Code of medical and sanitary regulations for the guidance of medical officers serving in the Madras Presidency - Volume I
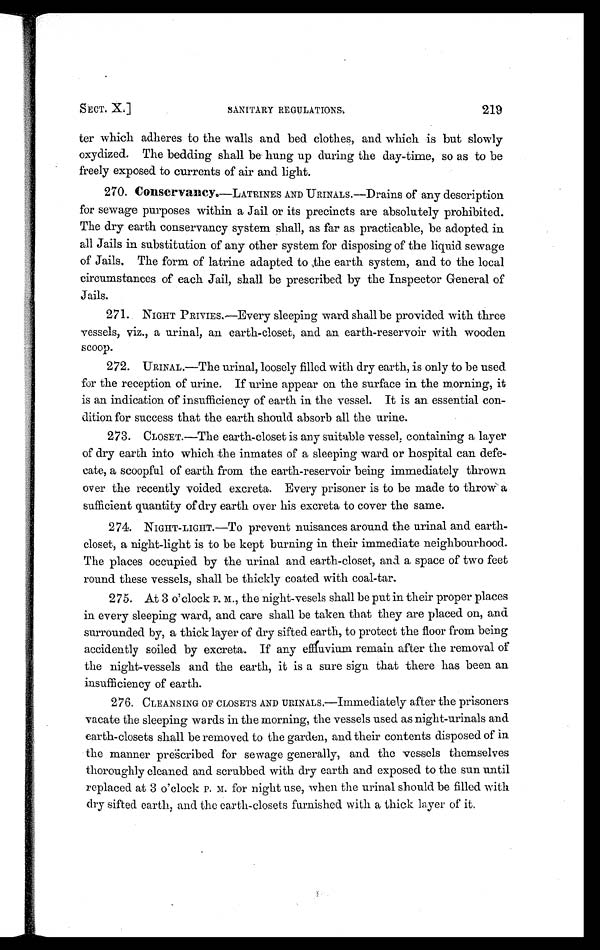
SECT. X.]
SANITARY REGULATIONS.
ter which adheres to the walls and bed clothes, and which is but slowly
oxydized. The bedding shall be hung up during the day-time, so as to be
freely exposed to currents of air and light.
270. Conservancy. —LATRINES AND URINALS.—Drains of any description
for sewage purposes within a Jail or its precincts are absolutely prohibited.
The dry earth conservancy system shall, as far as practicable, be adopted in
all Jails in substitution of any other system for disposing of the liquid sewage
of Jails, The form of latrine adapted to .the earth system, and to the local
circumstances of each Jail, shall be prescribed by the Inspector General of
Jails.
271. NIGHT PRIVIES.—Every sleeping ward shall be provided with three
vessels, viz., a urinal, an earth-closet, and an earth-reservoir with wooden
scoop.
272. URINAL.—The urinal, loosely filled with dry earth, is only to be used
for the reception of urine. If urine appear on the surface in the morning, it
is an indication of insufficiency of earth in the vessel. It is an essential con-
dition for success that the earth should absorb all the urine.
273. CLOSET.—The earth-closet is any suitable vessel; containing a layer
of dry earth into which the inmates of a sleeping ward or hospital can defe-
cate, a scoopful of earth from the earth-reservoir being immediately thrown
over the recently voided excreta. Every prisoner is to be made to throw a
sufficient quantity of dry earth over his excreta to cover the same.
274. NIGHT-LIGHT.—To prevent nuisances around the urinal and earth-
closet, a night-light is to be kept burning in their immediate neighbourhood.
The places occupied by the urinal and earth-closet, and a space of two feet
round these vessels, shall be thickly coated with coal-tar.
275. At 3 o'clock P. M., the night-vesels shall be put in their proper places
in every sleeping ward, and care shall be taken that they are placed on, and
surrounded by, a thick layer of dry sifted earth, to protect the floor from being
accidently soiled by excreta. If any effluvium remain after the removal of
the night-vessels and the earth, it is a sure sign that there has been an
insufficiency of earth.
276. CLEANSING OF CLOSETS AND URINALS.—Immediately after the prisoners
vacate the sleeping wards in the morning, the vessels used as night-urinals and
earth-closets shall be removed to the garden, and their contents disposed of in
the manner prescribed for sewage generally, and the vessels themselves
thoroughly cleaned and scrubbed with dry earth and exposed to the sun until
replaced at 3 o'clock P. M. for night use, when the urinal should be filled with
dry sifted earth, and the earth-closets furnished with a thick layer of it.